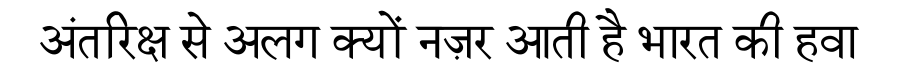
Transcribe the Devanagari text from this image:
अंतरिक्ष से अलग क्यों नज़र आती है भारत की हवा